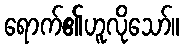
ရောက်၏ဟူလိုသော်။